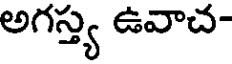
అగస్త్య ఉవాచ-